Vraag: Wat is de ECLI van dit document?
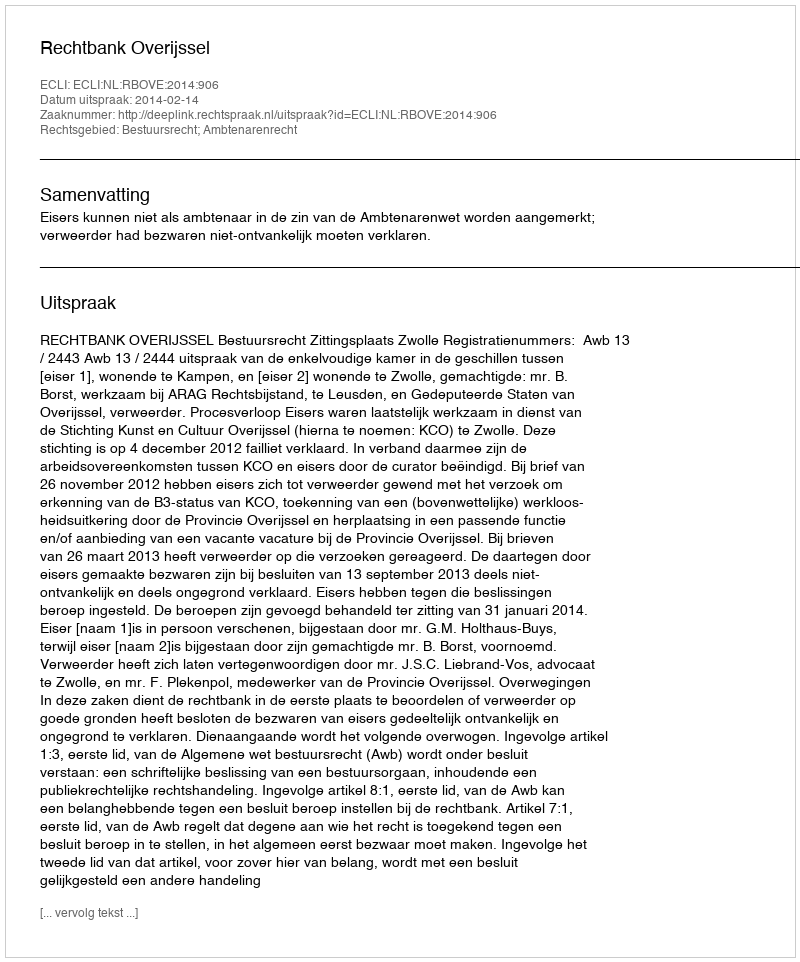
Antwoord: ECLI:NL:RBOVE:2014:906